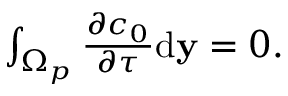
\begin{array} { r } { \int _ { \Omega _ { p } } \frac { \partial c _ { 0 } } { \partial \tau } \mathrm d \mathbf y = 0 . } \end{array}